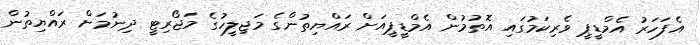
އެފަހަރު އެމްޑީޕީ ވެރިކަމުގައި އޮތުމުން އެމްޑީޕީއަށް ރައްޔިތުންގެ މަޖިލީހުގެ މަޖޯރިޓީ ދިނުމަށް ރައްޔިތުން